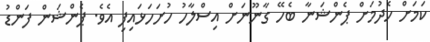
ކަމަށް ހެދުމަށް ޕެންޝަނާ ބެހޭ ގާނޫނަށް އިސްލާހު ހުށަހަޅައިފި އެވެ. ޕެންޝަން ފަންޑު